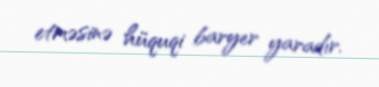
etməsinə hüquqi baryer yaradır.